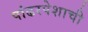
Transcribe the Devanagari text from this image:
पांढरपेशाची